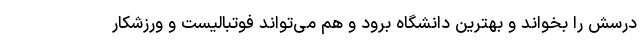
درسش را بخواند و بهترین دانشگاه برود و هم می‌تواند فوتبالیست و ورزشکار